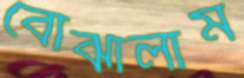
বোঝালাম